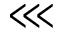
\lll